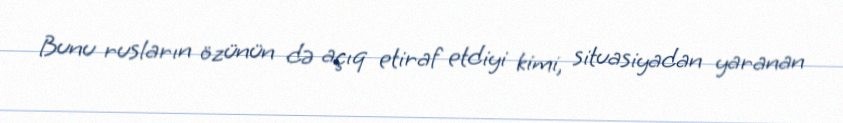
Bunu rusların özünün də açıq etiraf etdiyi kimi, situasiyadan yaranan